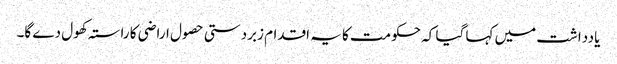
یادداشت میں کہا گیا کہ حکومت کا یہ اقدام زبردستی حصول اراضی کا راستہ کھول دے گا۔